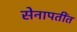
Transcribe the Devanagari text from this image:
सेनापतींत